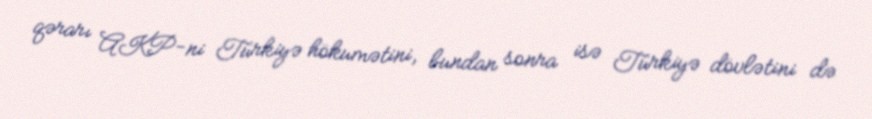
qərarı AKP-ni Türkiyə hökumətini, bundan sonra isə Türkiyə dövlətini də